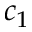
c _ { 1 }